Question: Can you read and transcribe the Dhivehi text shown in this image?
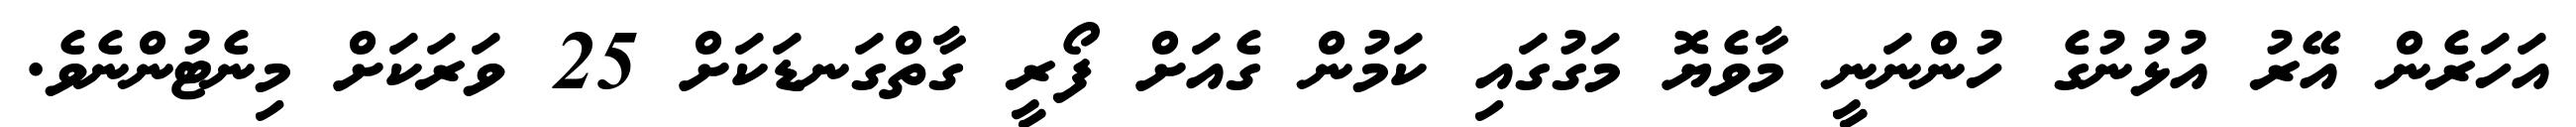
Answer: އަހަރެން އޭރު އުޅުނުގެ ހުންނަނީ މާވެޔޮ މަގުގައި ކަމުން ގެއަށް ފޯރީ ގާތްގަނޑަކަށް 25 ވަރަކަށް މިނެޓުންނެވެ.